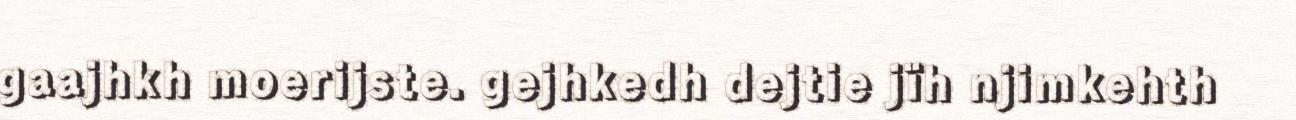
gaajhkh moerijste. gejhkedh dejtie jïh njimkehth